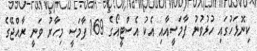
ކިނޮޅަހުގައި ހުޅުވުނު ފާމަސީއާއި އެކު އެސްޓީއޯގެ 169 ފާމަސީ މިހާރު ވަނީ ރާއްޖޭގެ